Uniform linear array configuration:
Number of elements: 48
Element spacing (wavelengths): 0.25
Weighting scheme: uniform
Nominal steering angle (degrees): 30
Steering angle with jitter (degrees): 28.587
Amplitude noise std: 0.05
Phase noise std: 0.05

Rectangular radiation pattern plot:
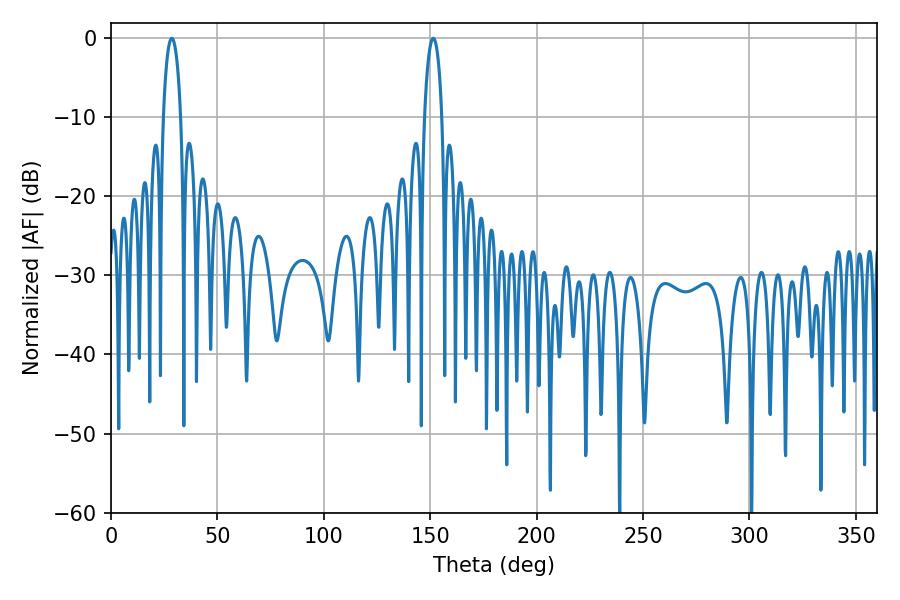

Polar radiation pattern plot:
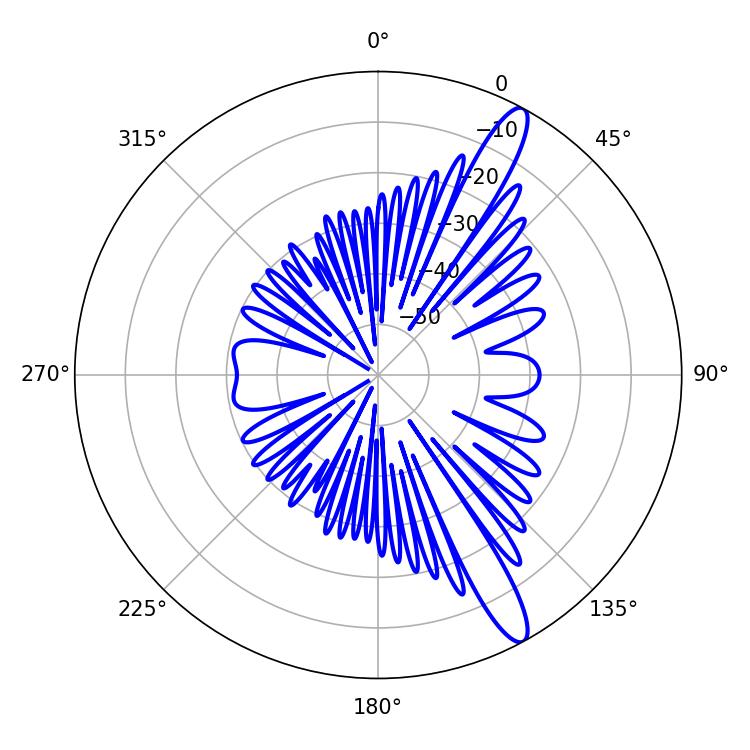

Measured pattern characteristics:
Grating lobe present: FALSE
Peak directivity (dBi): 13.459
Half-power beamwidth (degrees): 4.68
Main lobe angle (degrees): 28.62